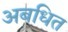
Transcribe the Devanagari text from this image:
अबधित